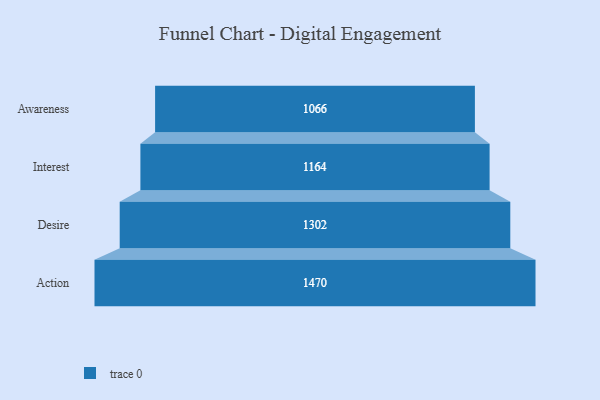
{"axis": {"x": "Stage", "y": "Value"}, "legend": [""], "data": [{"x": "Awareness", "y": 1066.0, "type": ""}, {"x": "Interest", "y": 1164.0, "type": ""}, {"x": "Desire", "y": 1302.0, "type": ""}, {"x": "Action", "y": 1470.0, "type": ""}]}